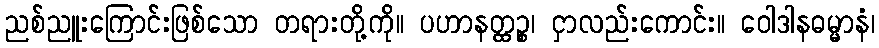
ညစ်ညူးကြောင်းဖြစ်သော တရားတို့ကို။ ပဟာနတ္ထဉ္စ၊ ငှာလည်းကောင်း။ ဝေါဒါနဓမ္မာနံ၊